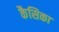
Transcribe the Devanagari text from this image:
कैसिका